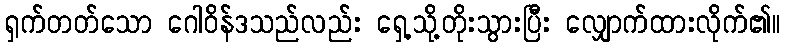
ရှက်တတ်သော ဂေါဝိန်ဒသည်လည်း ရှေ့သို့တိုးသွားပြီး လျှောက်ထားလိုက်၏။